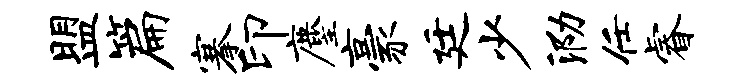
盟篇搴印麈豪廷少泐任睿